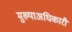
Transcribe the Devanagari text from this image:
मुख्याअधिकारी